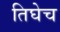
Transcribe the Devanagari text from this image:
तिघेच